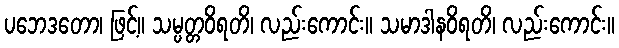
ပဘေဒတော၊ ဖြင့်။ သမ္ပတ္တဝိရတိ၊ လည်းကောင်း။ သမာဒါနဝိရတိ၊ လည်းကောင်း။